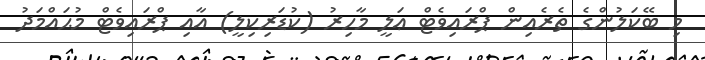
މި ބޭކަލުންގެ ތެރެއިން ޕްރައިވެޓް ޢަލީ މާހިރު (ކުޑަރިކިލީ) އާއި ޕްރައިވެޓް މުޙައްމަދު